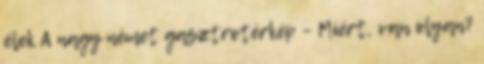
élek A nagy német gasztrotérkép – Miért, van olyan?